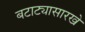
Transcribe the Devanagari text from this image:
बटाट्यासारखे